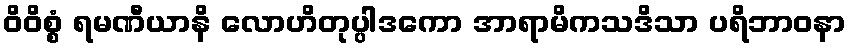
ဝိဝိစ္စံ ရမဏီယာနိ လောဟိတုပ္ပါဒကော အာရာမိကသဒိသာ ပရိဘာဝနာ